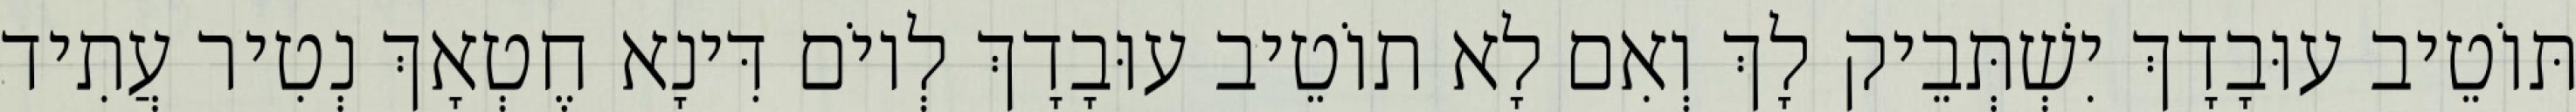
תּוֹטֵיב עוּבָדָךְ יִשְׁתְּבֵיק לָךְ וְאִם לָא תוֹטֵיב עוּבָדָךְ לְיוֹם דִּינָא חֶטְאָךְ נְטִיר עֲתִיד